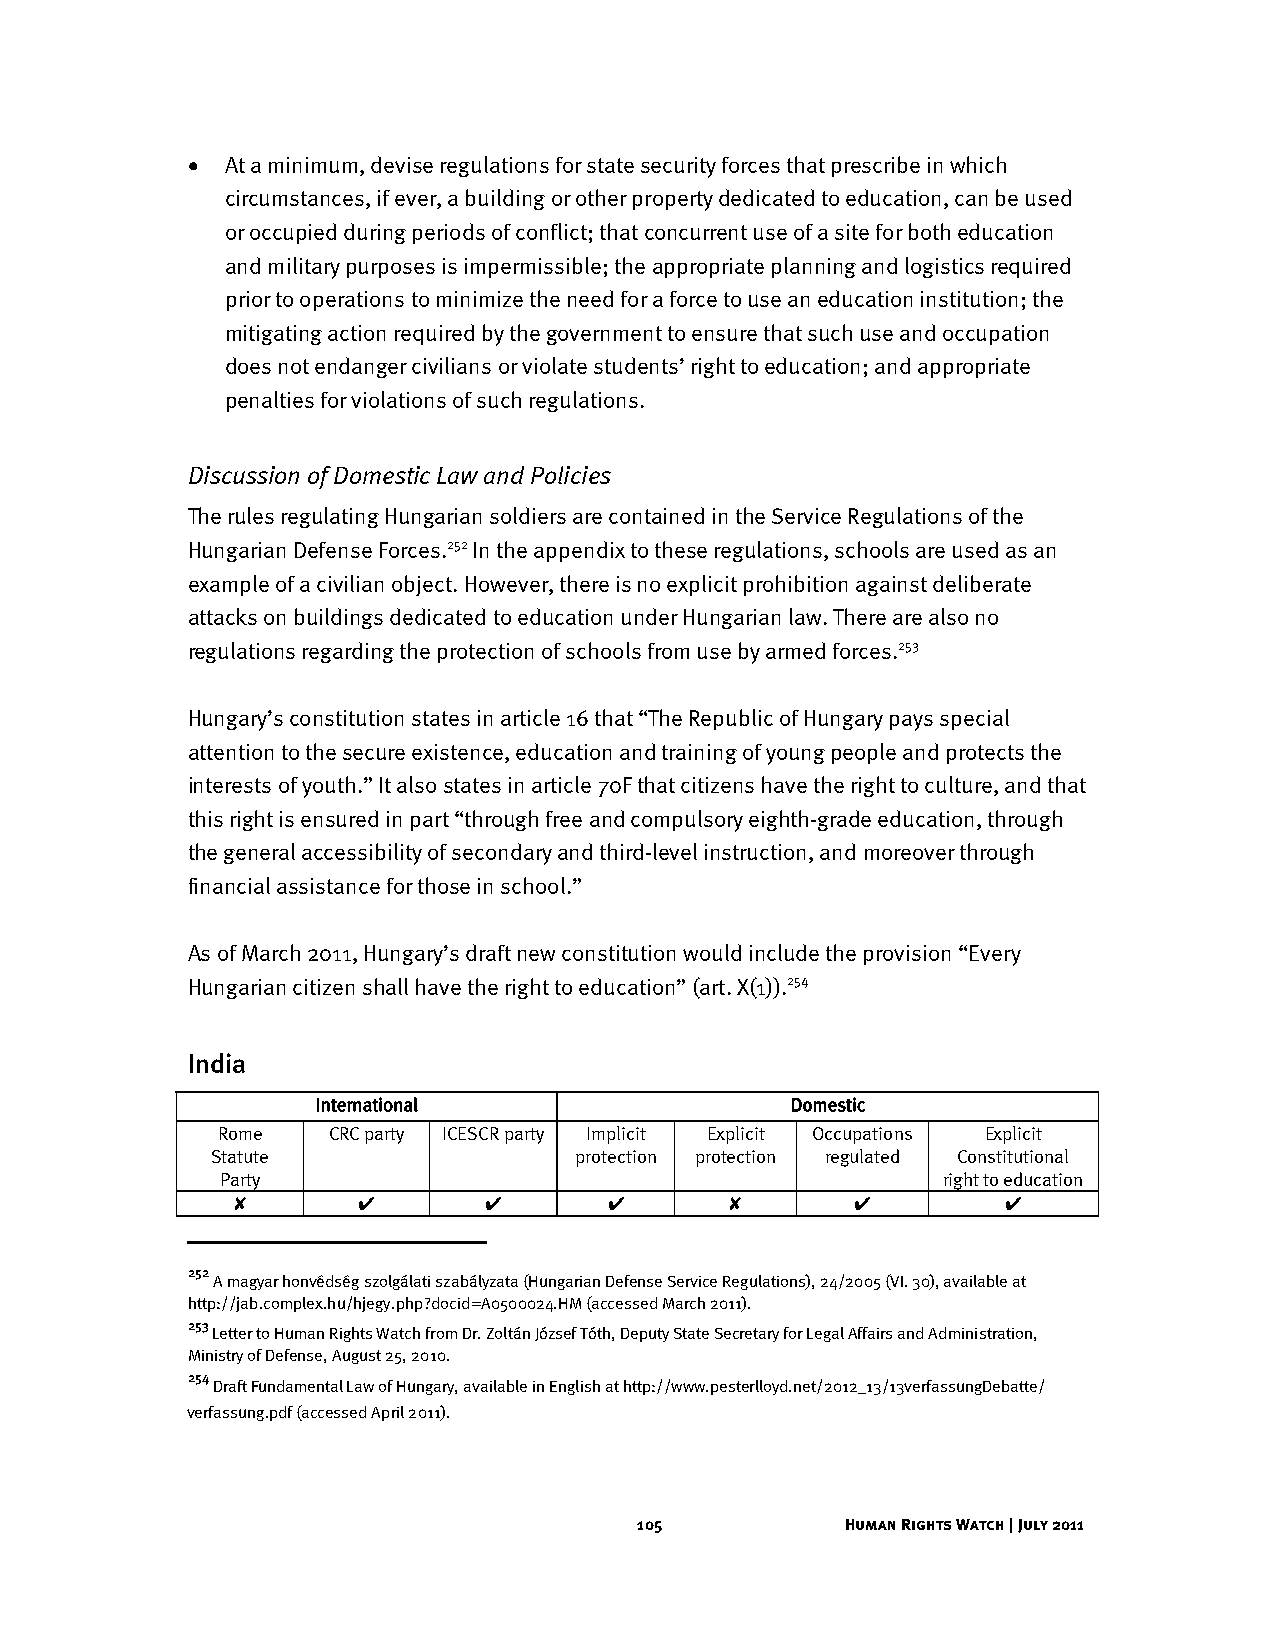
•  At a minimum, devise regulations for state security forces that prescribe in which
 circumstances, if ever, a building or other property dedicated to education, can be used
 or occupied during periods of conflict; that concurrent use of a site for both education
 and military purposes is impermissible; the appropriate planning and logistics required
 prior to operations to minimize the need for a force to use an education institution; the
 mitigating action required by the government to ensure that such use and occupation
 does not endanger civilians or violate students’ right to education; and appropriate
 penalties for violations of such regulations.
 Discussion of Domestic Law and Policies
 The rules regulating Hungarian soldiers are contained in the Service Regulations of the
 Hungarian Defense Forces.252 In the appendix to these regulations, schools are used as an
 example of a civilian object. However, there is no explicit prohibition against deliberate
 attacks on buildings dedicated to education under Hungarian law. There are also no
 regulations regarding the protection of schools from use by armed forces.253
 Hungary’s constitution states in article 16 that “The Republic of Hungary pays special
 attention to the secure existence, education and training of young people and protects the
 interests of youth.” It also states in article 70F that citizens have the right to culture, and that
 this right is ensured in part “through free and compulsory eighth-grade education, through
 the general accessibility of secondary and third-level instruction, and moreover through
 financial assistance for those in school.”
 As of March 2011, Hungary’s draft new constitution would include the provision “Every
 Hungarian citizen shall have the right to education” (art. X(1)).254
 India
 International                  Domestic
 Rome    CRC party ICESCR party Implicit Explicit Occupations Explicit
 Statute                 protection protection regulated Constitutional
 Party                                          right to education
 ✘        ✔       ✔       ✔       ✘       ✔         ✔
 252
 A magyar honvédség szolgálati szabályzata (Hungarian Defense Service Regulations), 24/2005 (VI. 30), available at
 http://jab.complex.hu/hjegy.php?docid=A0500024.HM (accessed March 2011).
 253
 Letter to Human Rights Watch from Dr. Zoltán József Tóth, Deputy State Secretary for Legal Affairs and Administration,
 Ministry of Defense, August 25, 2010.
 254
 Draft Fundamental Law of Hungary, available in English at http://www.pesterlloyd.net/2012_13/13verfassungDebatte/
 verfassung.pdf (accessed April 2011).
 105           Human Rights Watch | July 2011